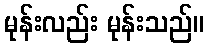
မုန်းလည်း မုန်းသည်။